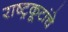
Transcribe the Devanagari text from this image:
राष्ट्रकूटांचे